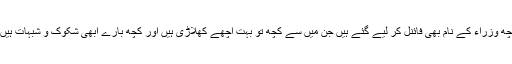
کچھ وزراء کے نام بھی فائنل کر لیے گئے ہیں جن میں سے کچھ تو بہت اچھے کھلاڑی ہیں اور کچھ بارے ابھی شکوک و شبہات ہیں ۔